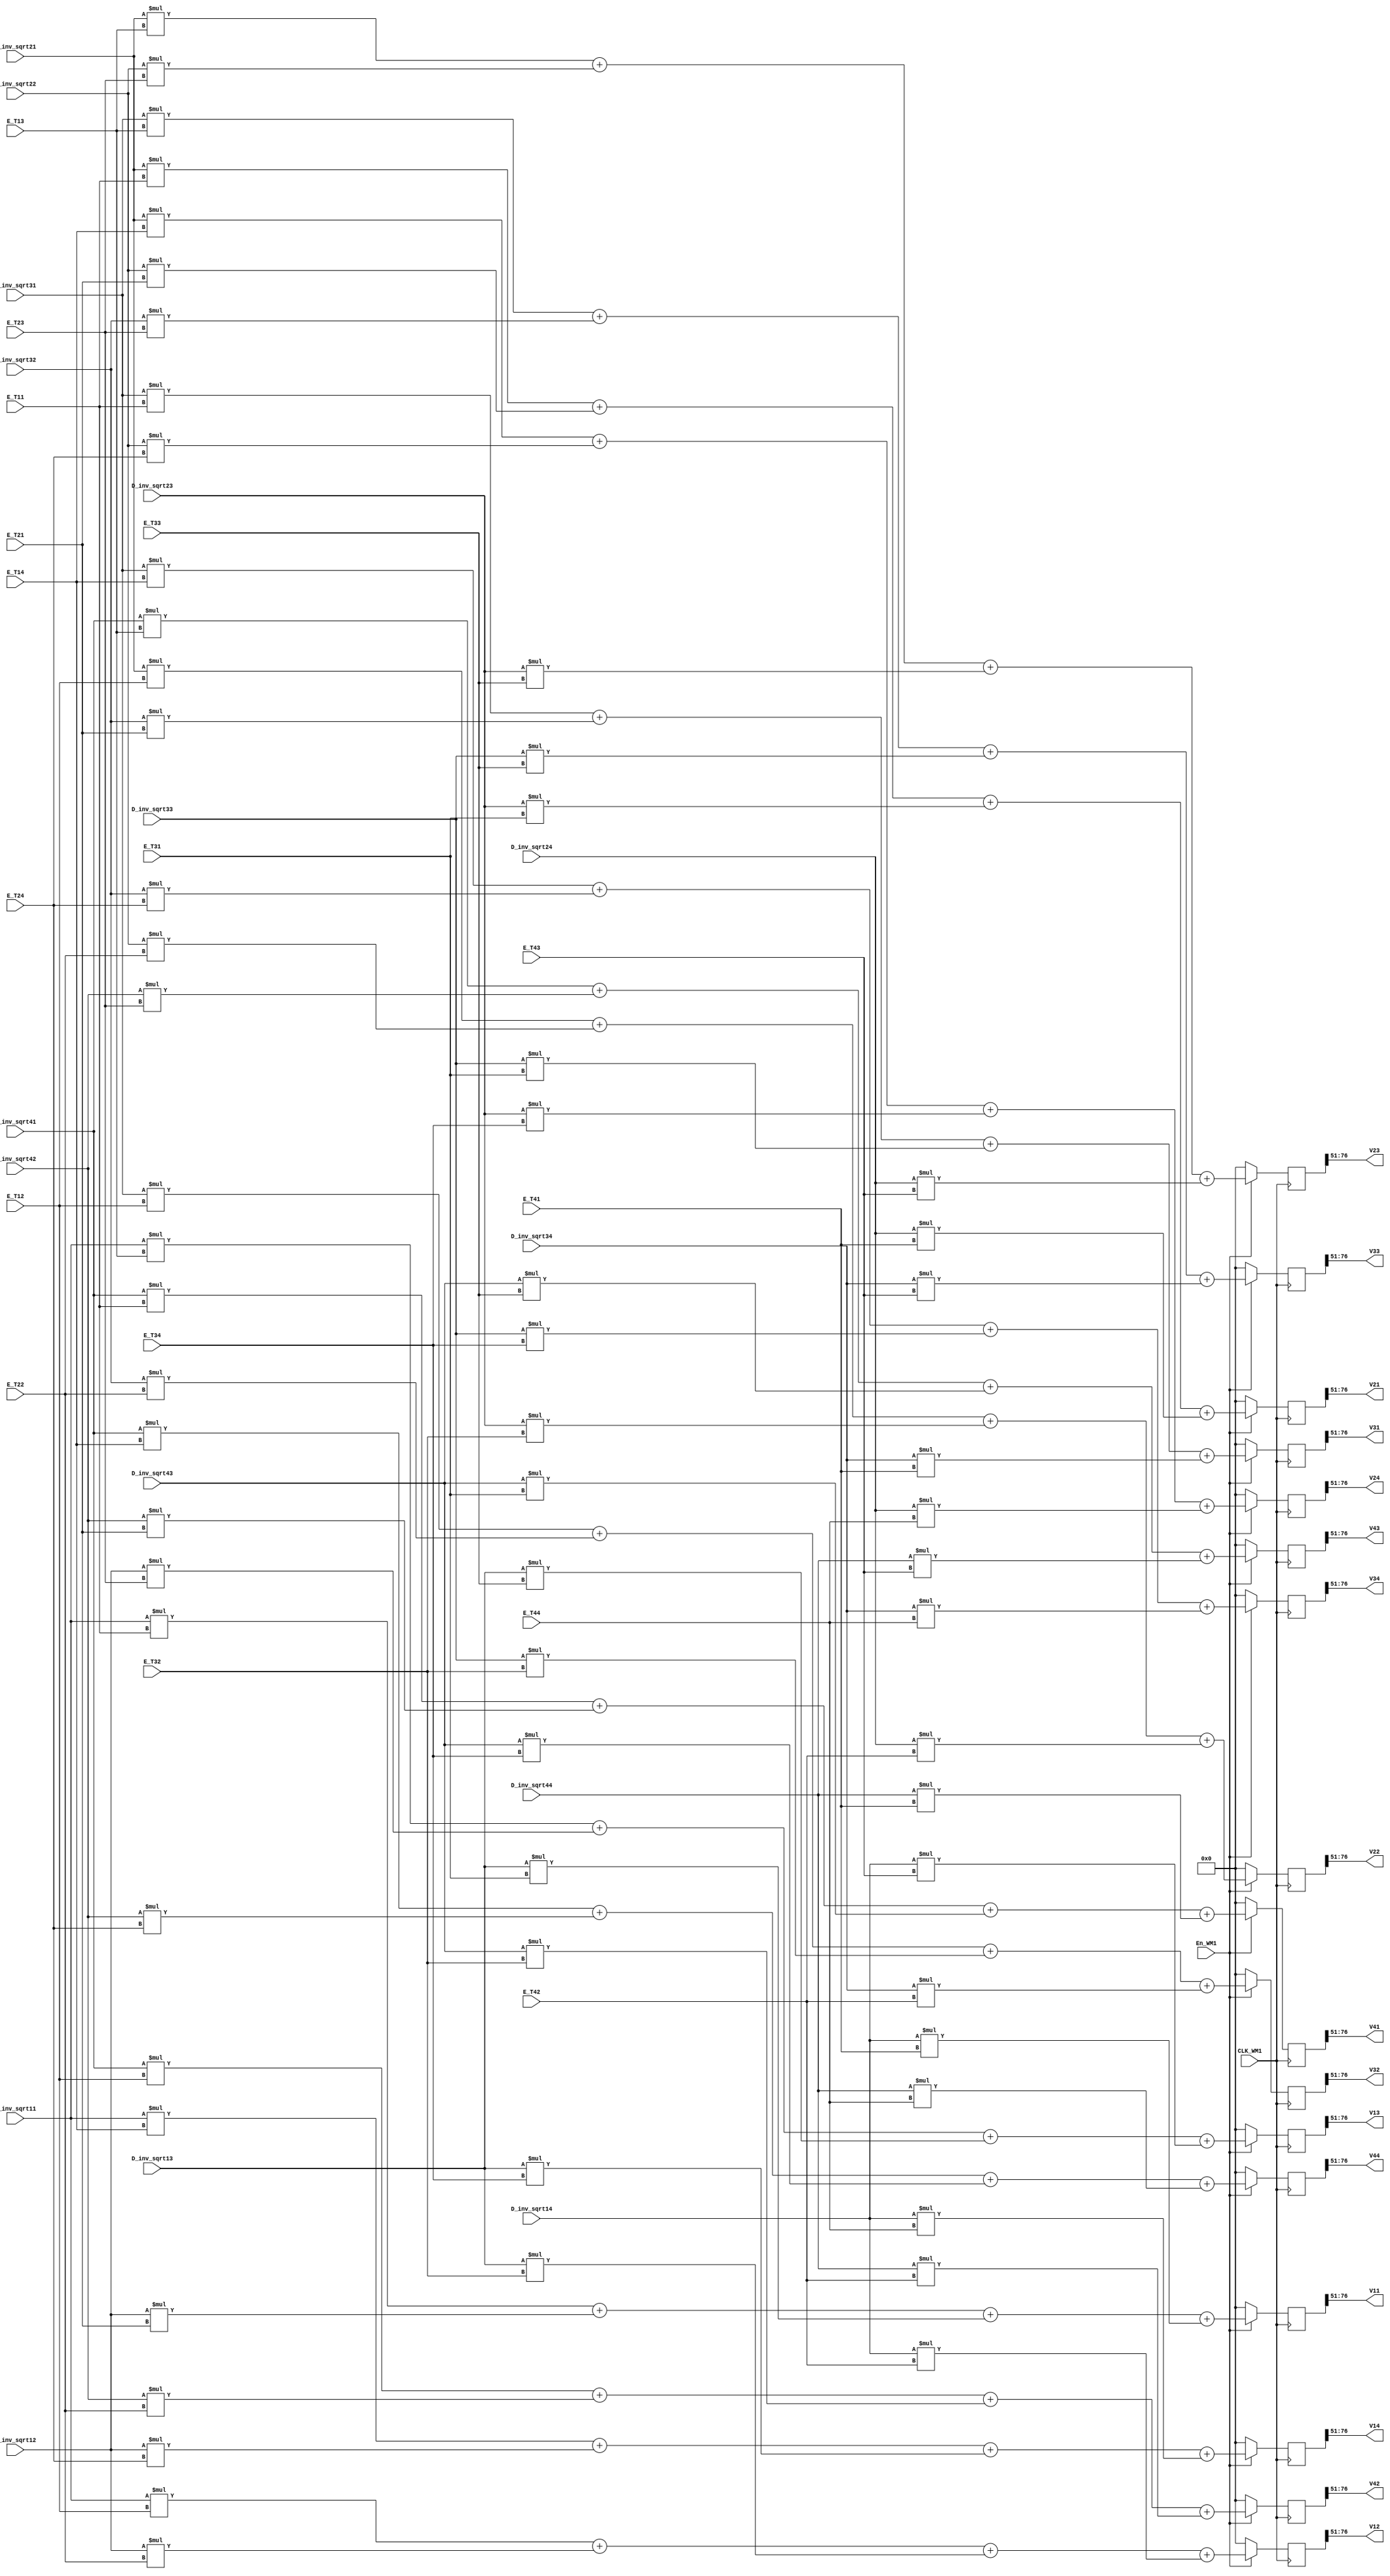
module Whitening_Multiplier1(
En_WM1,CLK_WM1,
D_inv_sqrt11,D_inv_sqrt12,D_inv_sqrt13,D_inv_sqrt14,
D_inv_sqrt21,D_inv_sqrt22,D_inv_sqrt23,D_inv_sqrt24,
D_inv_sqrt31,D_inv_sqrt32,D_inv_sqrt33,D_inv_sqrt34,
D_inv_sqrt41,D_inv_sqrt42,D_inv_sqrt43,D_inv_sqrt44,
E_T11,E_T12,E_T13,E_T14,
E_T21,E_T22,E_T23,E_T24,
E_T31,E_T32,E_T33,E_T34,
E_T41,E_T42,E_T43,E_T44,
V11,V12,V13,V14,
V21,V22,V23,V24,
V31,V32,V33,V34,
V41,V42,V43,V44);

input En_WM1,CLK_WM1;
input wire signed [63:0] D_inv_sqrt11,D_inv_sqrt12,D_inv_sqrt13,D_inv_sqrt14;
input wire signed [63:0] D_inv_sqrt21,D_inv_sqrt22,D_inv_sqrt23,D_inv_sqrt24;
input wire signed [63:0] D_inv_sqrt31,D_inv_sqrt32,D_inv_sqrt33,D_inv_sqrt34;
input wire signed [63:0] D_inv_sqrt41,D_inv_sqrt42,D_inv_sqrt43,D_inv_sqrt44;
input wire signed [63:0] E_T11,E_T12,E_T13,E_T14,E_T21,E_T22,E_T23,E_T24,E_T31,E_T32,E_T33,E_T34,E_T41,E_T42,E_T43,E_T44;
output wire signed [25:0] V11,V12,V13,V14,V21,V22,V23,V24,V31,V32,V33,V34,V41,V42,V43,V44;

reg signed [127:0] V11_reg, V12_reg, V13_reg, V14_reg;
reg signed [127:0] V21_reg, V22_reg, V23_reg, V24_reg;
reg signed [127:0] V31_reg, V32_reg, V33_reg, V34_reg;
reg signed [127:0] V41_reg, V42_reg, V43_reg, V44_reg;


assign V11 = V11_reg[76:51];
assign V12 = V12_reg[76:51];
assign V13 = V13_reg[76:51];
assign V14 = V14_reg[76:51];
assign V21 = V21_reg[76:51];
assign V22 = V22_reg[76:51];
assign V23 = V23_reg[76:51];
assign V24 = V24_reg[76:51];
assign V31 = V31_reg[76:51];
assign V32 = V32_reg[76:51];
assign V33 = V33_reg[76:51];
assign V34 = V34_reg[76:51];
assign V41 = V41_reg[76:51];
assign V42 = V42_reg[76:51];
assign V43 = V43_reg[76:51];
assign V44 = V44_reg[76:51];


always @(posedge CLK_WM1) 
begin
    if(En_WM1) begin
        V11_reg <= D_inv_sqrt11*E_T11 + D_inv_sqrt12*E_T21 + D_inv_sqrt13*E_T31 + D_inv_sqrt14*E_T41;
        V12_reg <= D_inv_sqrt11*E_T12 + D_inv_sqrt12*E_T22 + D_inv_sqrt13*E_T32 + D_inv_sqrt14*E_T42;
        V13_reg <= D_inv_sqrt11*E_T13 + D_inv_sqrt12*E_T23 + D_inv_sqrt13*E_T33 + D_inv_sqrt14*E_T43;
        V14_reg <= D_inv_sqrt11*E_T14 + D_inv_sqrt12*E_T24 + D_inv_sqrt13*E_T34 + D_inv_sqrt14*E_T44;
        V21_reg <= D_inv_sqrt21*E_T11 + D_inv_sqrt22*E_T21 + D_inv_sqrt23*E_T31 + D_inv_sqrt24*E_T41;
        V22_reg <= D_inv_sqrt21*E_T12 + D_inv_sqrt22*E_T22 + D_inv_sqrt23*E_T32 + D_inv_sqrt24*E_T42;
        V23_reg <= D_inv_sqrt21*E_T13 + D_inv_sqrt22*E_T23 + D_inv_sqrt23*E_T33 + D_inv_sqrt24*E_T43;
        V24_reg <= D_inv_sqrt21*E_T14 + D_inv_sqrt22*E_T24 + D_inv_sqrt23*E_T34 + D_inv_sqrt24*E_T44;
        V31_reg <= D_inv_sqrt31*E_T11 + D_inv_sqrt32*E_T21 + D_inv_sqrt33*E_T31 + D_inv_sqrt34*E_T41;
        V32_reg <= D_inv_sqrt31*E_T12 + D_inv_sqrt32*E_T22 + D_inv_sqrt33*E_T32 + D_inv_sqrt34*E_T42;
        V33_reg <= D_inv_sqrt31*E_T13 + D_inv_sqrt32*E_T23 + D_inv_sqrt33*E_T33 + D_inv_sqrt34*E_T43;
        V34_reg <= D_inv_sqrt31*E_T14 + D_inv_sqrt32*E_T24 + D_inv_sqrt33*E_T34 + D_inv_sqrt34*E_T44;
        V41_reg <= D_inv_sqrt41*E_T11 + D_inv_sqrt42*E_T21 + D_inv_sqrt43*E_T31 + D_inv_sqrt44*E_T41;
        V42_reg <= D_inv_sqrt41*E_T12 + D_inv_sqrt42*E_T22 + D_inv_sqrt43*E_T32 + D_inv_sqrt44*E_T42;
        V43_reg <= D_inv_sqrt41*E_T13 + D_inv_sqrt42*E_T23 + D_inv_sqrt43*E_T33 + D_inv_sqrt44*E_T43;
        V44_reg <= D_inv_sqrt41*E_T14 + D_inv_sqrt42*E_T24 + D_inv_sqrt43*E_T34 + D_inv_sqrt44*E_T44;
            
    end
    else begin
        V11_reg <= 0;
        V12_reg <= 0;
        V13_reg <= 0;
        V14_reg <= 0;
        V21_reg <= 0;
        V22_reg <= 0;
        V23_reg <= 0;
        V24_reg <= 0;
        V31_reg <= 0;
        V32_reg <= 0;
        V33_reg <= 0;
        V34_reg <= 0;
        V41_reg <= 0;
        V42_reg <= 0;
        V43_reg <= 0;
        V44_reg <= 0;
            
    end
end
endmodule